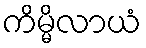
ကိမ္မိလာယံ